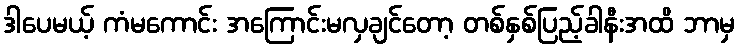
ဒါပေမယ့် ကံမကောင်း အကြောင်းမလှချင်တော့ တစ်နှစ်ပြည့်ခါနီးအထိ ဘာမှ